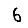
Digit: 6